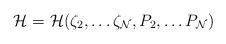
LaTeX: \begin{align*}{\cal H} = {\cal H}(\zeta_2,\dots \zeta_{\cal N}, P_2, \dots P_{\cal N})\end{align*}